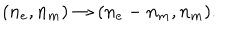
( n _ { e } , n _ { m } ) \rightarrow ( n _ { e } - n _ { m } , n _ { m } ) .